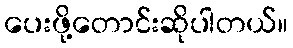
ပေးဖို့တောင်းဆိုပါတယ်။